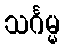
သင်္ဂမ္မ